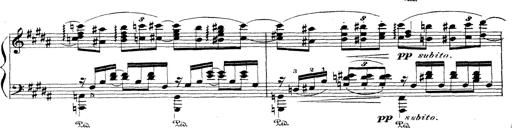
Title: Wagner-Liszt Album
Composer: Franz Liszt